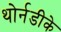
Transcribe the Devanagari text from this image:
थोर्नडीके